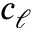
c _ { \ell }